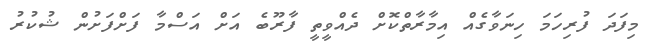
މިފަދަ ފުރިހަމަ ހިނަވާގެއްް އިމާރާތްކޮށް ދެއްވީތީ ފާރޫބެ އަށް އަސްމާ ފަށްފަށުން ޝުކުރު